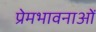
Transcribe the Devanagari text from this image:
प्रेमभावनाओं